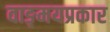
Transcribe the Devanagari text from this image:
वाङ्‌मयप्रकार